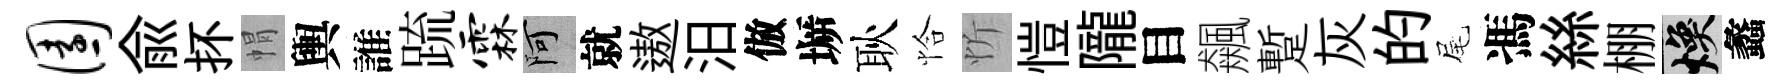
园兪抔㡌輿誰䟽霖阿就遨汨倣󶱲耿恰忻愷隴目飆蹔灰的尾馮絲棚焕蠡